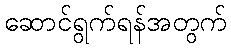
ဆောင်ရွက်ရန်အတွက်